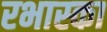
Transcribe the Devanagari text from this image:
रभास्‍का